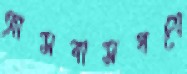
আসবাসপত্রে